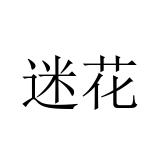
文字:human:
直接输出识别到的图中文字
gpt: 迷花